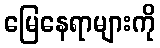
မြေနေရာများကို